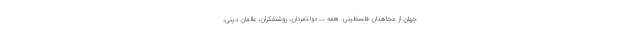
جهان از مجاهدان فلسطینی. همه ــ دولتمردان، روشنفکران، عالمان دینی،